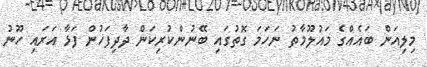
މިލިއަން ބައެއްގެ މައުލޫމާތު ނަހަމަ ގޮތުގައި ބޭނުންކުރިކަން ދާދިފަހުން ފަޅާ އަރައި ހޫނު